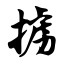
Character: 掳